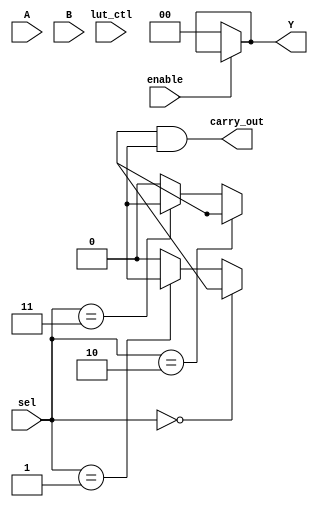
module CLB (
    input wire [3:0] A,    // 4-bit input for LUTs
    input wire [3:0] B,    // Additional 4-bit input for LUTs
    input wire [1:0] sel,   // Multiplexer select signal
    input wire [1:0] lut_ctl, // Control signals for LUT configuration
    input wire enable,      // Enable signal
    output wire [1:0] Y,    // 2-bit output for combinational logic results
    output wire carry_out    // Carry output for potential arithmetic function
);

// Define internal wires for LUT outputs
wire lut1_out, lut2_out;

// LUT-1 implementation: 4-input LUT (example logic)
reg [15:0] lut1; // 16 possible combinations for 4 inputs
always @(*) begin
    case ({A, B}) // Concatenating inputs for LUT lookup
        8'b00000000: lut1 = 1'b0;
        8'b00000001: lut1 = 1'b1; // Example truth table entry
        // Add more cases as needed to define the LUT logic
        default: lut1 = 1'b0;
    endcase
end

// LUT-2 implementation: 4-input LUT (example logic)
reg [15:0] lut2; // 16 possible combinations for 4 inputs
always @(*) begin
    case ({A, B}) // Concatenating inputs for LUT lookup
        8'b00000000: lut2 = 1'b0;
        8'b00000001: lut2 = 1'b1; // Example truth table entry
        // Add more cases as needed to define the LUT logic
        default: lut2 = 1'b0;
    endcase
end

// Multiplexer to select outputs from the LUTs
assign Y[0] = (sel == 2'b00) ? lut1_out :
              (sel == 2'b01) ? lut2_out : 1'b0; // Extend for more LUTs

assign Y[1] = (sel == 2'b10) ? lut1_out :
              (sel == 2'b11) ? lut2_out : 1'b0; // Extend for more LUTs

// Carry Logic: Simple example (add carry logic if needed)
assign carry_out = lut1_out & lut2_out; // Example of basic carry logic

// Enable logic for output
assign Y = enable ? Y : 2'b00; // Disable output if not enabled

endmodule